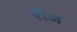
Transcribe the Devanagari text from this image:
रॉज